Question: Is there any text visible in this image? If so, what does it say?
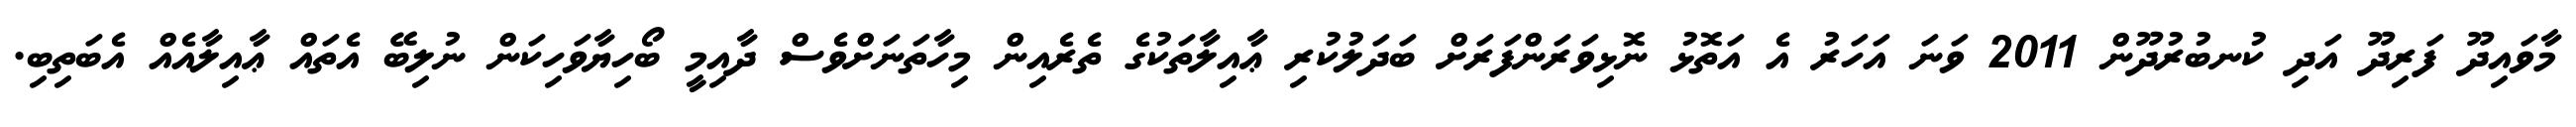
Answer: މާވައިދޫ ފަރިދޫ އަދި ކުނބުރުދޫން 2011 ވަނަ އަހަރު އެ އަތޮޅު ނޮޅިވަރަންފަރަށް ބަދަލުކުރި ޢާއިލާތަކުގެ ތެރެއިން މިހާތަނަށްވެސް ދާއިމީ ބޯހިޔާވަހިކަން ނުލިބޭ އެތައް ޢާއިލާއެއް އެބަތިބި.